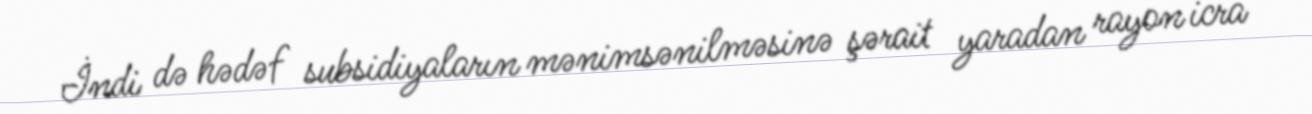
İndi də hədəf subsidiyaların mənimsənilməsinə şərait yaradan rayon icra